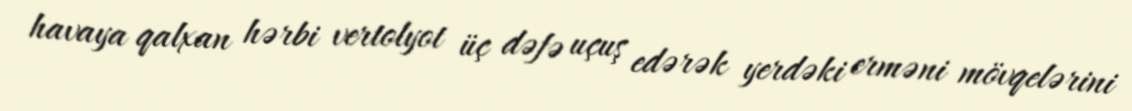
havaya qalxan hərbi vertolyot üç dəfə uçuş edərək yerdəki erməni mövqelərini